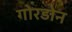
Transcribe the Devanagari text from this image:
गोरडोन